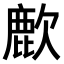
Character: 𫜌